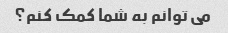
می توانم به شما کمک کنم؟